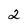
Character: 2